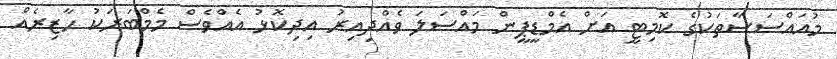
މުއައްސަސާތަކުގެ ކޮމިޓީ އަށް އެމްޑީޕީން މައްސަލަ ވެއްދިއިރު އިދިކޮޅު އެއްވެސް މެމްބަރަކު ހާޒިރެއް